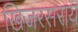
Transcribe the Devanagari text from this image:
खिजरसराय